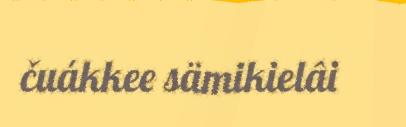
čuákkee sämikielâi